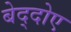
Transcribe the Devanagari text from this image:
बेद्दोए